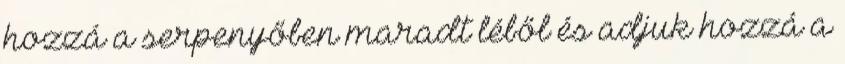
hozzá a serpenyőben maradt léből és adjuk hozzá a